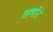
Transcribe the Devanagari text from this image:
राहणीने